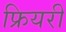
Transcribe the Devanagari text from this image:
फ्रियरी